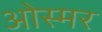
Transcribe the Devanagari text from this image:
ओस्मर